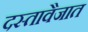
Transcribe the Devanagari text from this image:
दस्तावैजात